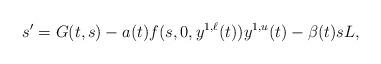
LaTeX: \begin{align*}s'=G(t,s)-a(t)f(s,0,y^{1,\ell}(t))y^{1,u}(t)-\beta(t)sL,\end{align*}